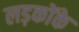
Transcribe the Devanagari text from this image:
लड़कोंके